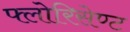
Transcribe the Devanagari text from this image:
फ्लोरिसेण्ट